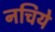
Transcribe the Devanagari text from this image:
नचिये